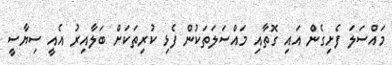
މައްސަލަ ފެށިގެން އައި ގޮތާއި މައްސަލަތަކުން ފެޅި ކުރިތަކަށް ބަލާއިރު އެއީ ސިޔާސީ